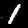
Digit: 1